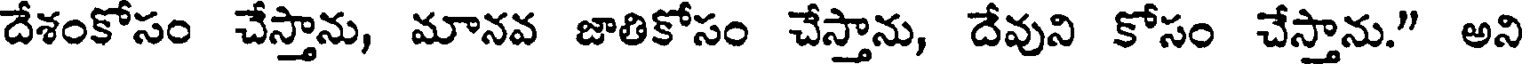
దేశంకోసం చేస్తాను, మానవ జాతికోసం చేస్తాను, దేవుని కోసం చేస్తాను." అని